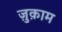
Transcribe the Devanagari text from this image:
ज़ुक़ाम